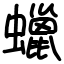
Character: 蠟